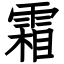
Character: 霜